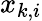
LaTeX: x_{k,i}